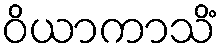
ဝိယာကာသိံ